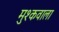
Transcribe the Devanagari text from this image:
मुश्कवाला